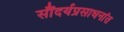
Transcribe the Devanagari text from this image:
सौंदर्यप्रसाधनांत